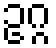
ဥဂ္ဂ